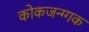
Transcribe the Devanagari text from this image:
कोकजन्ग्गक